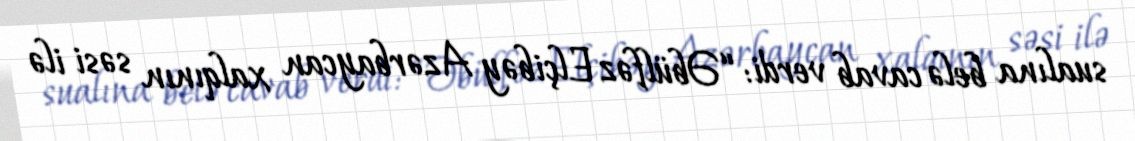
sualına belə cavab verdi: “Əbülfəz Elçibəy Azərbaycan xalqının səsi ilə